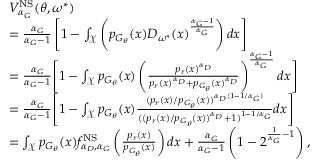
\begin{array} { r l } & { V _ { \alpha _ { G } } ^ { \mathrm { N S } } ( \theta , \omega ^ { * } ) } \\ & { = \frac { \alpha _ { G } } { \alpha _ { G } - 1 } \left[ 1 - \int _ { \mathcal { X } } \left( p _ { G _ { \theta } } ( x ) D _ { \omega ^ { * } } ( x ) ^ { \frac { \alpha _ { G } - 1 } { \alpha _ { G } } } \right) d x \right] } \\ & { = \frac { \alpha _ { G } } { \alpha _ { G } - 1 } \Bigg [ 1 - \int _ { \mathcal { X } } p _ { G _ { \theta } } ( x ) \left( \frac { p _ { r } ( x ) ^ { \alpha _ { D } } } { p _ { r } ( x ) ^ { \alpha _ { D } } + p _ { G _ { \theta } } ( x ) ^ { \alpha _ { D } } } \right) ^ { \frac { \alpha _ { G } - 1 } { \alpha _ { G } } } d x \Bigg ] } \\ & { = \frac { \alpha _ { G } } { \alpha _ { G } - 1 } \Bigg [ 1 - \int _ { \mathcal { X } } p _ { G _ { \theta } } ( x ) \frac { ( p _ { r } ( x ) / p _ { G _ { \theta } } ( x ) ) ^ { \alpha _ { D } ( 1 - 1 / \alpha _ { G } ) } } { ( ( p _ { r } ( x ) / p _ { G _ { \theta } } ( x ) ) ^ { \alpha _ { D } } + 1 ) ^ { 1 - 1 / \alpha _ { G } } } d x \Bigg ] } \\ & { = \int _ { \mathcal { X } } p _ { G _ { \theta } } ( x ) f _ { \alpha _ { D } , \alpha _ { G } } ^ { \mathrm { N S } } \left( \frac { p _ { r } ( x ) } { p _ { G _ { \theta } } ( x ) } \right) d x + \frac { \alpha _ { G } } { \alpha _ { G } - 1 } \left( 1 - 2 ^ { \frac { 1 } { \alpha _ { G } } - 1 } \right) , } \end{array}